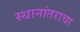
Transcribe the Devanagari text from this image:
स्थानांतराचा